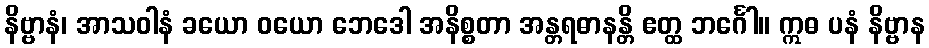
နိဗ္ဗာနံ၊ အာသဝါနံ ခယော ဝယော ဘေဒေါ အနိစ္စတာ အန္တရဓာနန္တိ ဧတ္ထ ဘင်္ဂေါ။ ဣဓ ပနံ နိဗ္ဗာန